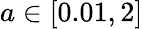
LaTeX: a\in[0.01,2]